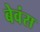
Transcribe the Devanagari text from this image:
बेवंस